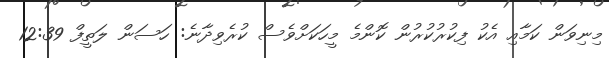
މިނިވަން ކަމާއި އެކު ފިކުރުކުރުން ކޮންމެ މީހަކަށްވެސް ކުރެވިދާނެ: ހަސަން ލަތީފް 12:39